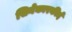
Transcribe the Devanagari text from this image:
सिनेकारकीर्द